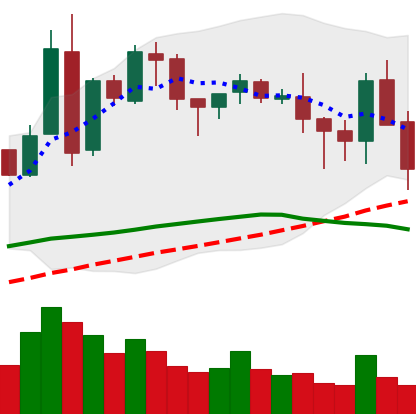
Ticker: BNB-USD
Chart end date: 2018-05-11
Forward return: -5.644%
Label: down_5_7